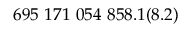
6 9 5 ~ 1 7 1 ~ 0 5 4 ~ 8 5 8 . 1 ( 8 . 2 )